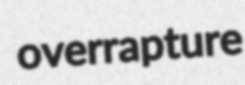
overrapture